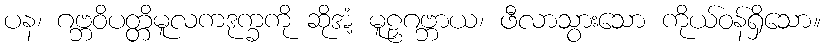
ပန၊ ဂဗ္ဘဝိပတ္တိမူလကဒုက္ခကို ဆိုအံ့ မူဠှဂဗ္ဘာယ၊ ဖီလာသွားသော ကိုယ်ဝန်ရှိသော။